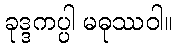
ခုဒ္ဒကပ္ပါ မဓုဿဝါ။